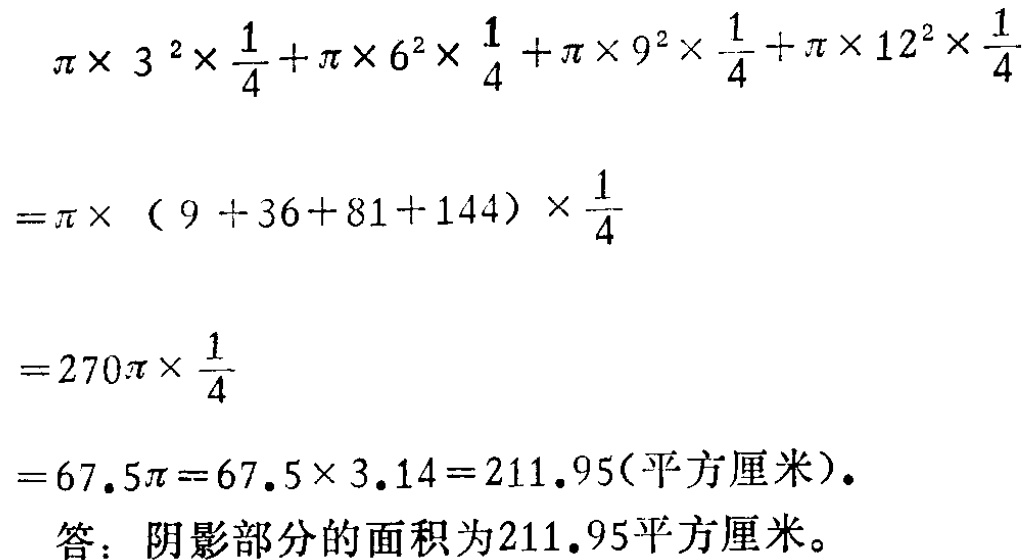
\[

\begin{align*}

&\pi\times3^{2}\times\frac{1}{4}+\pi\times6^{2}\times\frac{1}{4}+\pi\times9^{2}\times\frac{1}{4}+\pi\times12^{2}\times\frac{1}{4}\\

=&\pi\times(9 + 36 + 81 + 144)\times\frac{1}{4}\\

=&270\pi\times\frac{1}{4}\\

=&67.5\pi=67.5\times3.14 = 211.95(\text{平方厘米})

\end{align*}

\]

答：阴影部分的面积为\(211.95\)平方厘米。